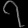
Digit: ၇